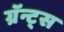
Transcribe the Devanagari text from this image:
ग्रॅन्ट्‍स